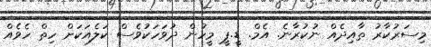
މިސަރުކާރު ތާއިދެއް ނުކުރާނެ. އެމް. ޑީ.ޕީ މީހުން ދުވަހަކުވެސް ކަލެއަކަށް ހިތް ހެވެއް